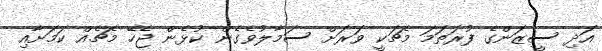
އަދި ސީޒަންގެ ފުރަތަމަ މެޗަކީ ވަރަށް ސަމާލުވެގެން ކުޅެން ޖެހޭ މެޗެއް ކަމަށާއި